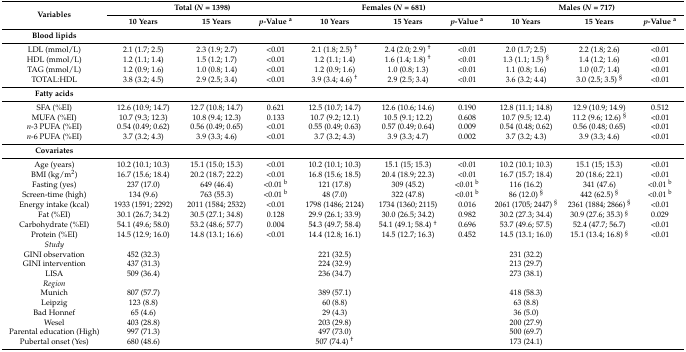
<table><thead><tr><td rowspan="2"><b>Variables</b></td><td colspan="3"><b>Total (<i>N</i> = 1398)</b></td><td colspan="3"><b>Females (<i>N</i> = 681)</b></td><td colspan="3"><b>Males (<i>N</i> = 717)</b></td></tr><tr><td><b>10 Years</b></td><td><b>15 Years</b></td><td><b><i>p</i>-Value <sup>a</sup></b></td><td><b>10 Years</b></td><td><b>15 Years</b></td><td><b><i>p</i>-Value <sup>a</sup></b></td><td><b>10 Years</b></td><td><b>15 Years</b></td><td><b><i>p</i>-Value <sup>a</sup></b></td></tr></thead><tbody><tr><td><b>Blood lipids</b></td><td></td><td></td><td></td><td></td><td></td><td></td><td></td><td></td><td></td></tr><tr><td>LDL (mmol/L)</td><td>2.1 (1.7; 2.5)</td><td>2.3 (1.9; 2.7)</td><td>&lt;0.01</td><td>2.1 (1.8; 2.5) <sup>†</sup></td><td>2.4 (2.0; 2.9) <sup>†</sup></td><td>&lt;0.01</td><td>2.0 (1.7; 2.5)</td><td>2.2 (1.8; 2.6)</td><td>&lt;0.01</td></tr><tr><td>HDL (mmol/L)</td><td>1.2 (1.1; 1.4)</td><td>1.5 (1.2; 1.7)</td><td>&lt;0.01</td><td>1.2 (1.1; 1.4)</td><td>1.6 (1.4; 1.8) <sup>†</sup></td><td>&lt;0.01</td><td>1.3 (1.1; 1.5) <sup>§</sup></td><td>1.4 (1.2; 1.6)</td><td>&lt;0.01</td></tr><tr><td>TAG (mmol/L)</td><td>1.2 (0.9; 1.6)</td><td>1.0 (0.8; 1.4)</td><td>&lt;0.01</td><td>1.2 (0.9; 1.6)</td><td>1.0 (0.8; 1.3)</td><td>&lt;0.01</td><td>1.1 (0.8; 1.6)</td><td>1.0 (0.7; 1.4)</td><td>&lt;0.01</td></tr><tr><td>TOTAL:HDL</td><td>3.8 (3.2; 4.5)</td><td>2.9 (2.5; 3.4)</td><td>&lt;0.01</td><td>3.9 (3.4; 4.6) <sup>†</sup></td><td>2.9 (2.5; 3.4)</td><td>&lt;0.01</td><td>3.6 (3.2; 4.4)</td><td>3.0 (2.5; 3.5) <sup>§</sup></td><td>&lt;0.01</td></tr><tr><td><b>Fatty acids</b></td><td></td><td></td><td></td><td></td><td></td><td></td><td></td><td></td><td></td></tr><tr><td>SFA (%EI)</td><td>12.6 (10.9; 14.7)</td><td>12.7 (10.8; 14.7)</td><td>0.621</td><td>12.5 (10.7; 14.7)</td><td>12.6 (10.6; 14.6)</td><td>0.190</td><td>12.8 (11.1; 14.8)</td><td>12.9 (10.9; 14.9)</td><td>0.512</td></tr><tr><td>MUFA (%EI)</td><td>10.7 (9.3; 12.3)</td><td>10.8 (9.4; 12.3)</td><td>0.133</td><td>10.7 (9.2; 12.1)</td><td>10.5 (9.1; 12.2)</td><td>0.608</td><td>10.7 (9.5; 12.4)</td><td>11.2 (9.6; 12.6) <sup>§</sup></td><td>&lt;0.01</td></tr><tr><td><i>n</i>-3 PUFA (%EI)</td><td>0.54 (0.49; 0.62)</td><td>0.56 (0.49; 0.65)</td><td>&lt;0.01</td><td>0.55 (0.49; 0.63)</td><td>0.57 (0.49; 0.64)</td><td>0.009</td><td>0.54 (0.48; 0.62)</td><td>0.56 (0.48; 0.65)</td><td>&lt;0.01</td></tr><tr><td><i>n</i>-6 PUFA (%EI)</td><td>3.7 (3.2; 4.3)</td><td>3.9 (3.3; 4.6)</td><td>&lt;0.01</td><td>3.7 (3.2; 4.3)</td><td>3.9 (3.3; 4.7)</td><td>0.002</td><td>3.7 (3.2; 4.3)</td><td>3.9 (3.3; 4.6)</td><td>&lt;0.01</td></tr><tr><td><b>Covariates</b></td><td></td><td></td><td></td><td></td><td></td><td></td><td></td><td></td><td></td></tr><tr><td>Age (years)</td><td>10.2 (10.1; 10.3)</td><td>15.1 (15.0; 15.3)</td><td>&lt;0.01</td><td>10.2 (10.1; 10.3)</td><td>15.1 (15; 15.3)</td><td>&lt;0.01</td><td>10.2 (10.1; 10.3)</td><td>15.1 (15; 15.3)</td><td>&lt;0.01</td></tr><tr><td>BMI (kg/m<sup>2</sup>)</td><td>16.7 (15.6; 18.4)</td><td>20.2 (18.7; 22.2)</td><td>&lt;0.01</td><td>16.8 (15.6; 18.5)</td><td>20.4 (18.9; 22.3)</td><td>&lt;0.01</td><td>16.7 (15.7; 18.4)</td><td>20 (18.6; 22.1)</td><td>&lt;0.01</td></tr><tr><td>Fasting (yes)</td><td>237 (17.0)</td><td>649 (46.4)</td><td>&lt;0.01 <sup>b</sup></td><td>121 (17.8)</td><td>309 (45.2)</td><td>&lt;0.01 <sup>b</sup></td><td>116 (16.2)</td><td>341 (47.6)</td><td>&lt;0.01 <sup>b</sup></td></tr><tr><td>Screen-time (high)</td><td>134 (9.6)</td><td>763 (55.3)</td><td>&lt;0.01 <sup>b</sup></td><td>48 (7.0)</td><td>322 (47.8)</td><td>&lt;0.01 <sup>b</sup></td><td>86 (12.0) <sup>§</sup></td><td>442 (62.5) <sup>§</sup></td><td>&lt;0.01 <sup>b</sup></td></tr><tr><td>Energy intake (kcal)</td><td>1933 (1591; 2292)</td><td>2011 (1584; 2532)</td><td>&lt;0.01</td><td>1798 (1486; 2124)</td><td>1734 (1360; 2115)</td><td>0.016</td><td>2061 (1705; 2447) <sup>§</sup></td><td>2361 (1884; 2866) <sup>§</sup></td><td>&lt;0.01</td></tr><tr><td>Fat (%EI)</td><td>30.1 (26.7; 34.2)</td><td>30.5 (27.1; 34.8)</td><td>0.128</td><td>29.9 (26.1; 33.9)</td><td>30.0 (26.5; 34.2)</td><td>0.982</td><td>30.2 (27.3; 34.4)</td><td>30.9 (27.6; 35.3) <sup>§</sup></td><td>0.029</td></tr><tr><td>Carbohydrate (%EI)</td><td>54.1 (49.6; 58.0)</td><td>53.2 (48.6; 57.7)</td><td>0.004</td><td>54.3 (49.7; 58.4)</td><td>54.1 (49.1; 58.4) <sup>†</sup></td><td>0.696</td><td>53.7 (49.6; 57.5)</td><td>52.4 (47.7; 56.7)</td><td>&lt;0.01</td></tr><tr><td>Protein (%EI)</td><td>14.5 (12.9; 16.0)</td><td>14.8 (13.1; 16.6)</td><td>&lt;0.01</td><td>14.4 (12.8; 16.1)</td><td>14.5 (12.7; 16.3)</td><td>0.452</td><td>14.5 (13.1; 16.0)</td><td>15.1 (13.4; 16.8) <sup>§</sup></td><td>&lt;0.01</td></tr><tr><td><i>Study</i></td><td></td><td></td><td></td><td></td><td></td><td></td><td></td><td></td><td></td></tr><tr><td>GINI observation</td><td>452 (32.3)</td><td></td><td></td><td>221 (32.5)</td><td></td><td></td><td>231 (32.2)</td><td></td><td></td></tr><tr><td>GINI intervention</td><td>437 (31.3)</td><td></td><td></td><td>224 (32.9)</td><td></td><td></td><td>213 (29.7)</td><td></td><td></td></tr><tr><td>LISA</td><td>509 (36.4)</td><td></td><td></td><td>236 (34.7)</td><td></td><td></td><td>273 (38.1)</td><td></td><td></td></tr><tr><td><i>Region</i></td><td></td><td></td><td></td><td></td><td></td><td></td><td></td><td></td><td></td></tr><tr><td>Munich</td><td>807 (57.7)</td><td></td><td></td><td>389 (57.1)</td><td></td><td></td><td>418 (58.3)</td><td></td><td></td></tr><tr><td>Leipzig</td><td>123 (8.8)</td><td></td><td></td><td>60 (8.8)</td><td></td><td></td><td>63 (8.8)</td><td></td><td></td></tr><tr><td>Bad Honnef</td><td>65 (4.6)</td><td></td><td></td><td>29 (4.3)</td><td></td><td></td><td>36 (5.0)</td><td></td><td></td></tr><tr><td>Wesel</td><td>403 (28.8)</td><td></td><td></td><td>203 (29.8)</td><td></td><td></td><td>200 (27.9)</td><td></td><td></td></tr><tr><td>Parental education (High)</td><td>997 (71.3)</td><td></td><td></td><td>497 (73.0)</td><td></td><td></td><td>500 (69.7)</td><td></td><td></td></tr><tr><td>Pubertal onset (Yes)</td><td>680 (48.6)</td><td></td><td></td><td>507 (74.4) <sup>†</sup></td><td></td><td></td><td>173 (24.1)</td><td></td><td></td></tr></tbody></table>